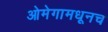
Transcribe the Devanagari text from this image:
ओमेगामधूनच